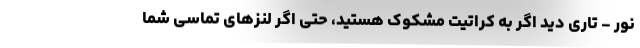
نور - تاری دید اگر به کراتیت مشکوک هستید، حتی اگر لنزهای تماسی شما